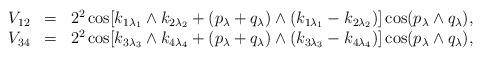
LaTeX: \begin{align*}\begin{array}{rcl}V_{12}&=&\displaystyle 2^2\cos[k_{1\lambda_1}\wedge k_{2\lambda_2}+(p_{\lambda}+q_{\lambda})\wedge(k_{1\lambda_1}-k_{2\lambda_2})]\cos(p_{\lambda}\wedge q_{\lambda}), \\V_{34}&=&\displaystyle 2^2\cos[k_{3\lambda_3}\wedge k_{4\lambda_4}+(p_{\lambda}+q_{\lambda})\wedge(k_{3\lambda_3}-k_{4\lambda_4})]\cos(p_{\lambda}\wedge q_{\lambda}), \end{array}\end{align*}